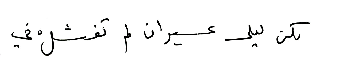
لكن ليلى عسيران لم تفشلْ في